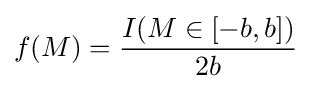
f(M)={I(M\in [-b,b]) \over 2b}